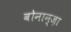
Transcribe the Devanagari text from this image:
बोनान्ज़ा